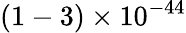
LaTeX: (1-3)\times 10^{-44}